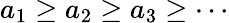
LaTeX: a_{1}\geq a_{2}\geq a_{3}\geq\cdots